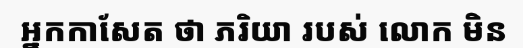
អ្នកកាសែត ថា ភរិយា របស់ លោក មិន